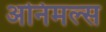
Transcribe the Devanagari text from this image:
अनिमल्स